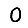
Digit: 0